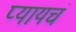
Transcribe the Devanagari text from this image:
प्यायचं